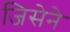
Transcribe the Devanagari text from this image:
जिसेने